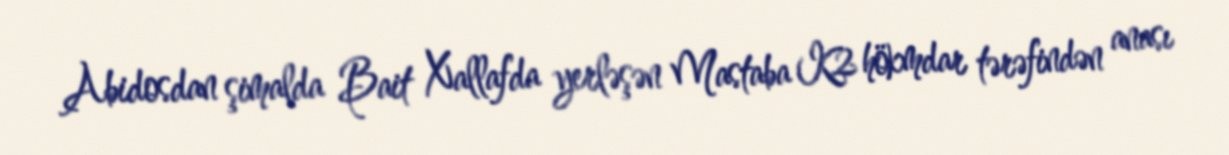
Abidosdan şimalda Bait Xallafda yerləşən Mastaba K2 hökmdar tərəfindən anası